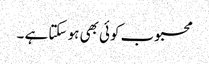
محبوب کوئی بھی ہو سکتا ہے ۔